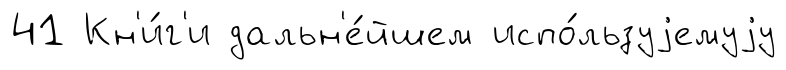
41 Кн'и́г'и дальн'е́йшем испо́льзуjемуjу